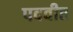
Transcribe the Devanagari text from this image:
पदवीत